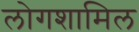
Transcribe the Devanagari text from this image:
लोगशामिल